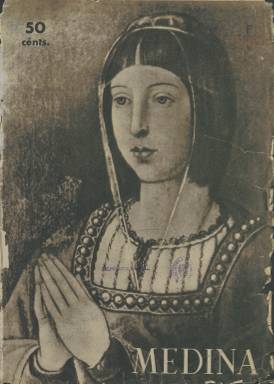
Título: Medina (Madrid)
Colección: Revistas femeninas || Revistas de información general
Ámbito geográfico: Madrid
Lugar de publicación: Madrid
Fechas: 20/03/1941-30/12/1945